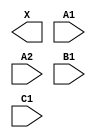
module sky130_fd_sc_hs__a211o (
    X ,
    A1,
    A2,
    B1,
    C1
);

    output X ;
    input  A1;
    input  A2;
    input  B1;
    input  C1;

    // Voltage supply signals
    supply1 VPWR;
    supply0 VGND;

endmodule